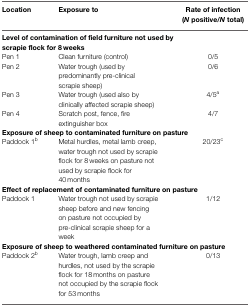
<table><thead><tr><td><b>Location</b></td><td><b>Exposure to</b></td><td><b>Rate of infection (<i>N</i> positive/<i>N</i> total)</b></td></tr></thead><tbody><tr><td colspan="3"><b>Level of contamination of field furniture not used by scrapie flock for 8 weeks</b></td></tr><tr><td>Pen 1</td><td>Clean furniture (control)</td><td>0/5</td></tr><tr><td>Pen 2</td><td>Water trough (used by predominantly pre-clinical scrapie sheep)</td><td>0/6</td></tr><tr><td>Pen 3</td><td>Water trough (used also by clinically affected scrapie sheep)</td><td>4/5<sup>a</sup></td></tr><tr><td>Pen 4</td><td>Scratch post, fence, fire extinguisher box</td><td>4/7</td></tr><tr><td colspan="3"><b>Exposure of sheep to contaminated furniture on pasture</b></td></tr><tr><td>Paddock 1<sup>b</sup></td><td>Metal hurdles, metal lamb creep, water trough not used by scrapie flock for 8 weeks on pasture not used by scrapie flock for 40 months</td><td>20/23<sup>c</sup></td></tr><tr><td colspan="3"><b>Effect of replacement of contaminated furniture on pasture</b></td></tr><tr><td>Paddock 1</td><td>Water trough not used by scrapie sheep before and new fencing on pasture not occupied by pre-clinical scrapie sheep for a week</td><td>1/12</td></tr><tr><td colspan="3"><b>Exposure of sheep to weathered contaminated furniture on pasture</b></td></tr><tr><td>Paddock 2<sup>b</sup></td><td>Water trough, lamb creep and hurdles, not used by the scrapie flock for 18 months on pasture not occupied by the scrapie flock for 53 months</td><td>0/13</td></tr></tbody></table>